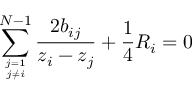
\sum _ { j = 1 \atop j \not = i } ^ { N - 1 } { \frac { 2 b _ { i j } } { z _ { i } - z _ { j } } } + { \frac { 1 } { 4 } } R _ { i } = 0